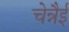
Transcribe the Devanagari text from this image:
चेन्नैई